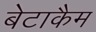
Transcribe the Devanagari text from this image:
बेटाकैम